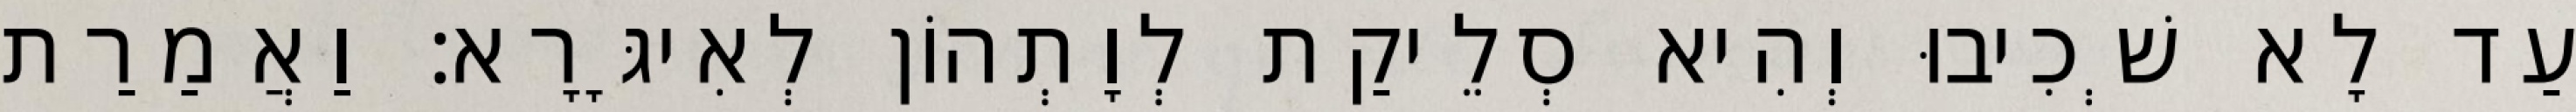
עַד לָא שְׁכִיבוּ וְהִיא סְלֵיקַת לְוָתְהוֹן לְאִיגָּרָא׃ וַאֲמַרַת